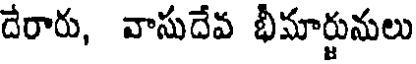
దేరారు, వాసుదేవ భీమార్జునులు